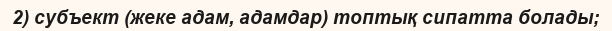
2) субъект (жеке адам, адамдар) топтық сипатта болады;